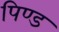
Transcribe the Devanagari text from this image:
पिण्‍ड